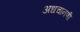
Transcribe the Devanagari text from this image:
अधचानणी